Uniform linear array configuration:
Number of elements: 48
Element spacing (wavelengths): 1
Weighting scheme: kaiser
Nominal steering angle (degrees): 45
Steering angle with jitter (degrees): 46.873
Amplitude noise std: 0.05
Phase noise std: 0.05

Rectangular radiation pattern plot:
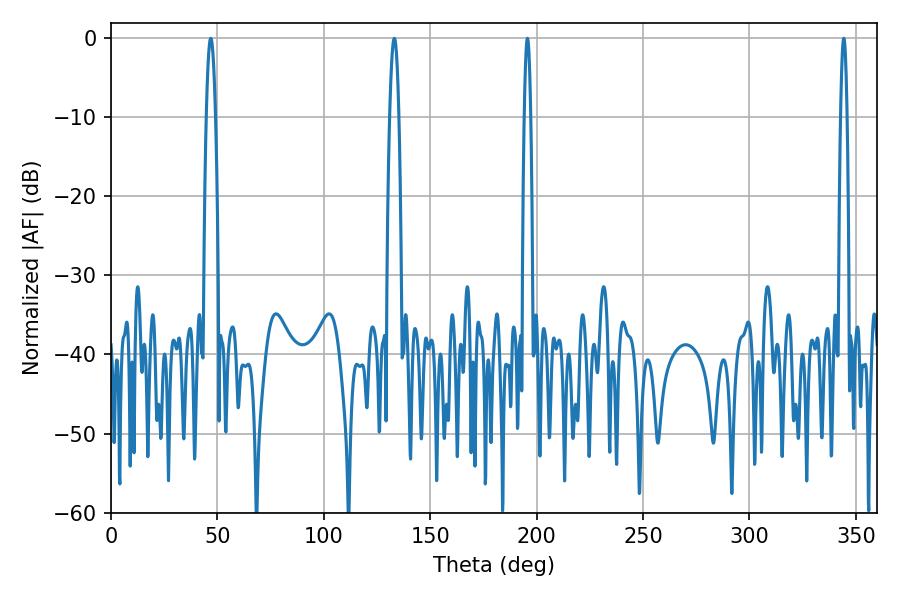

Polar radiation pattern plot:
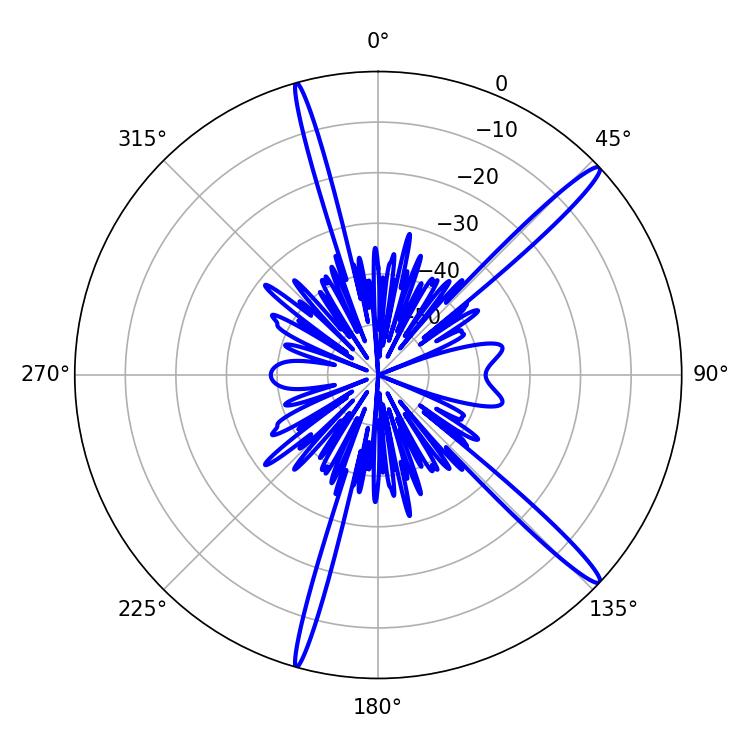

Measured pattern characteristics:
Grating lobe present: TRUE
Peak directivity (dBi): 16.111
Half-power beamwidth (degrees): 1.44
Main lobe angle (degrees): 195.66